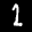
Label: 1